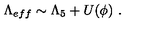
\Lambda _ { e f f } \sim \Lambda _ { 5 } + U ( \phi ) \ .